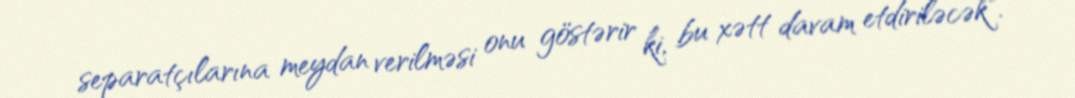
separatçılarına meydan verilməsi onu göstərir ki, bu xətt davam etdiriləcək".